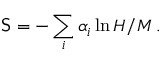
{ \mathsf S } = - \sum _ { i } \alpha _ { i } \ln H / M \, .